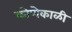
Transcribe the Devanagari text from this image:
कोणेकाळी